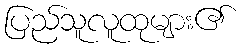
ပြည်သူလူထုများ၏